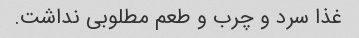
غذا سرد و چرب و طعم مطلوبی نداشت.